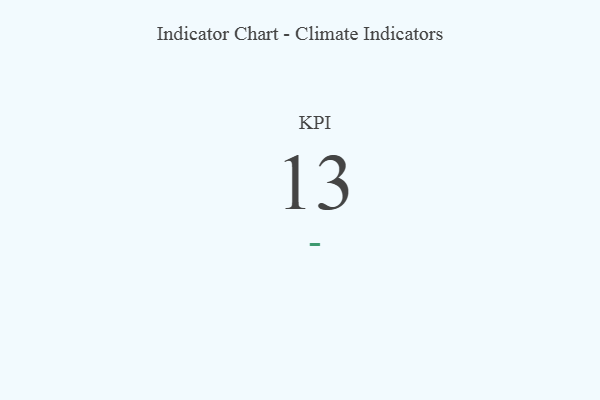
{"axis": {"x": "KPI", "y": "Value"}, "legend": [""], "data": [{"x": "KPI", "y": 13, "type": ""}]}